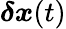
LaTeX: \boldsymbol{\delta x}(t)